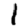
Digit: 1